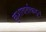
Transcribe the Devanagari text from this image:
कुशावर्ताकडून